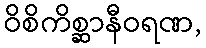
ဝိစိကိစ္ဆာနီဝရဏ,